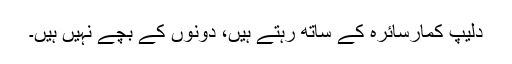
دلیپ کمارسائرہ کے ساتھ رہتے ہیں، دونوں کے بچے نہیں ہیں۔